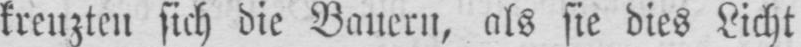
kreuzten sich die Bauern, als sie dies Licht